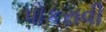
પોકરાવી